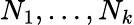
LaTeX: N_{1},\ldots,N_{k}